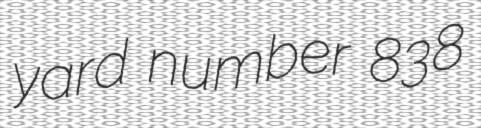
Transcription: yard number 838